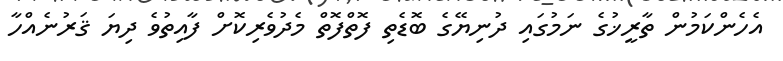
އެހެންކަމުން ތާރީޚުގެ ނަމުގައި ދުނިޔޭގެ ބޮޑެތި ފޮތްފޮތް މެދުވެރިކޮށް ފާއިތުވެ ދިޔަ ޤަރުނެއްހާ